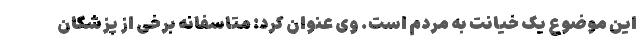
این موضوع یک خیانت به مردم است. وی عنوان کرد: متاسفانه برخی از پزشکان